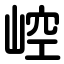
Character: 崆